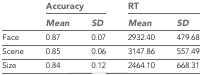
| <ROWSPAN=2>  | <COLSPAN=2> Accuracy | <COLSPAN=2> RT |
 | Mean | SD | Mean | SD |
 | --- | --- | --- | --- | --- |
 | Face | 0.87 | 0.07 | 2932.40 | 479.68 |
 | Scene | 0.85 | 0.06 | 3147.86 | 557.49 |
 | Size | 0.84 | 0.12 | 2464.10 | 668.31 |